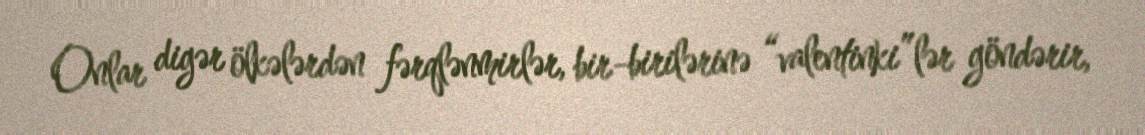
Onlar digər ölkələrdən fərqlənmirlər, bir-birilərinə “valentinki”lər göndərir,